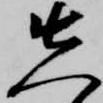
先